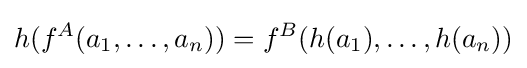
h(f^{A}(a_{1},\ldots ,a_{n}))=f^{B}(h(a_{1}),\ldots ,h(a_{n}))